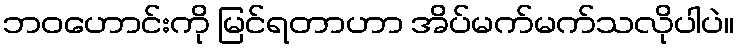
ဘဝဟောင်းကို မြင်ရတာဟာ အိပ်မက်မက်သလိုပါပဲ။